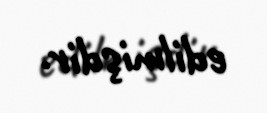
edilmişdir.